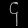
Digit: ၄